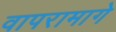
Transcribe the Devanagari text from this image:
वापरामागे